Madras plague regulations in force outside the Presidency town - Volume 2
Disease focus: Plague
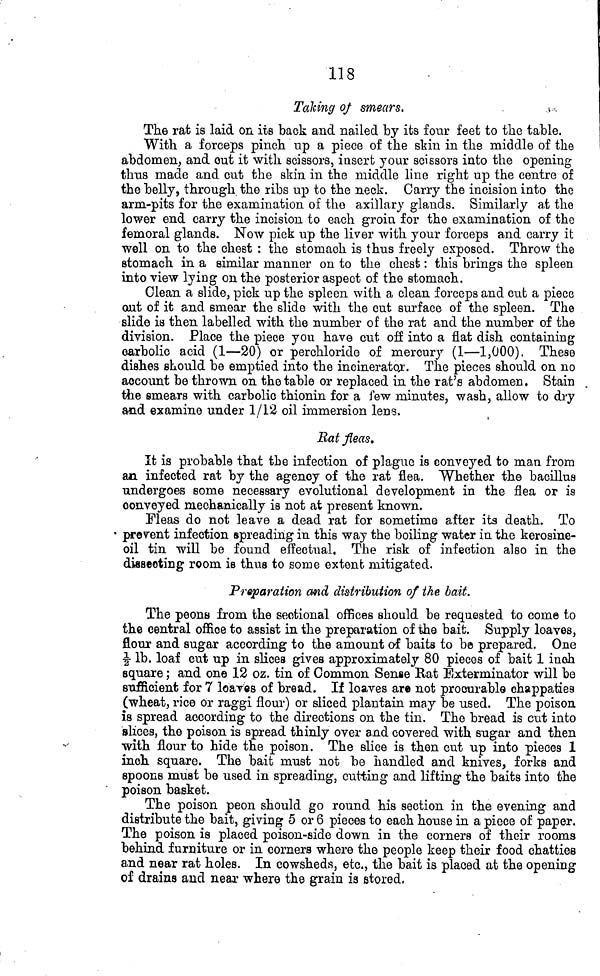
118
Taking of smears.
The rat is laid on its back and nailed by its four feet to the table.
With a forceps pinch up a piece of the skin in the middle of the
abdomen, and out it with scissors, insert your scissors into the opening
thus made and cut the skin in the middle line right up the centre of
the belly, through the ribs up to the neck. Carry the incision into the
arm-pits for the examination of the axillary glands. Similarly at the
lower end carry the incision to each groin for the examination of the
femoral glands. Now pick up the liver with your forceps and carry it
well on to the chest : the stomach is thus freely exposed. Throw the
stomach in a similar manner on to the chest : this brings the spleen
into view lying on the posterior aspect of the stomach.
Clean a slide, pick up the spleen with a clean forceps and cut a piece
out of it and smear the slide with the cut surface of the spleen. The
slide is then labelled with the number of the rat and the number of the
division. Place the piece you have cut off into a flat dish containing
carbolic acid (1—20) or perchloride of mercury (1—1,000). These
dishes should be emptied into the incinerator. The pieces should on no
account be thrown on the table or replaced in the rat's abdomen. Stain
the smears with carbolic thionin for a few minutes, wash, allow to dry
and examine under 1/12 oil immersion lens.
Rat fleas,
It is probable that the infection of plague is conveyed to man from
an infected rat by the agency of the rat flea. "Whether the bacillus
undergoes some necessary evolutional development in the flea or is
conveyed mechanically is not at present known.
Fleas do not leave a dead rat for sometime after its death. To
• prevent infection spreading in this way the boiling water in the kerosine-
oil tin will be found effectual. The risk of infection also in the
dissecting room is thus to some extent mitigated.
Preparation and distribution of the bait.
The peons from the sectional offices should be requested to come to
the central office to assist in the preparation of the bait. Supply loaves,
flour and sugar according to the amount oí baits to be prepared. One
1/2 lb. loaf cut up in slices gives approximately 80 pieces of bait 1 inch
square ; and one 12 oz. tin of Common Sense Bat Exterminator will be
sufficient for 7 loaves of bread. If loaves are not procurable chappaties
(wheat, rice or raggi flour) or sliced plantain may be used. The poison
is spread according to the directions on the tin. The bread is cut into
slices, the poison is spread thinly over and covered with sugar and then
with flour to hide the poison. The slice is then cut up into pieces 1
inch square. The bait must not be handled and knives, forks and
spoons must be used in spreading, cutting and lifting the baits into the
poison basket.
The poison peon should go round his section in the evening and
distribute the bait, giving 5 or 6 pieces to each house in a piece of paper.
The poison is placed poison-side down in the corners of their rooms
behind furniture or in corners where the people keep their food chatties
and near rat holes. In cowsheds, etc., the bait is placed at the opening
of drains and near where the grain is stored.